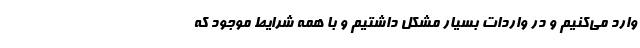
وارد می‌کنیم و در واردات بسیار مشکل داشتیم و با همه شرایط موجود که